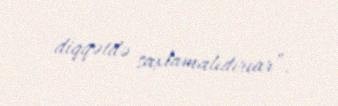
diqqətdə saxlamalıdırıar”.